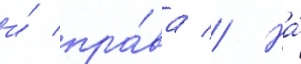
и́ пра́ва // На́